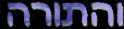
והתורה